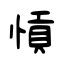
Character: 愩